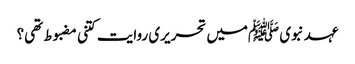
عہد نبوی ﷺمیں تحریری روایت کتنی مضبوط تھی؟